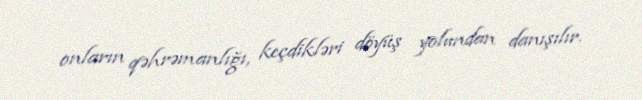
onların qəhrəmanlığı, keçdikləri döyüş yolundan danışılır.